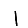
Digit: 1